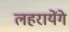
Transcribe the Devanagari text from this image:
लहरायेंगे